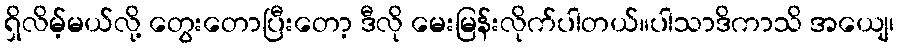
ရှိလိမ့်မယ်လို့ တွေးတောပြီးတော့ ဒီလို မေးမြန်းလိုက်ပါတယ်။ပါသာဒိကာသိ အယျေ၊